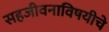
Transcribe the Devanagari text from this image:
सहजीवनाविषयीचे